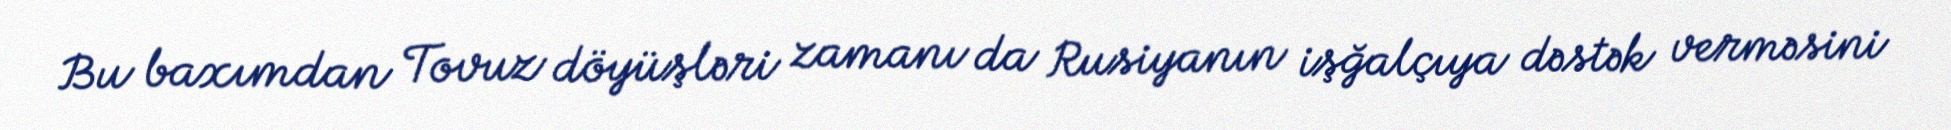
Bu baxımdan Tovuz döyüşləri zamanı da Rusiyanın işğalçıya dəstək verməsini